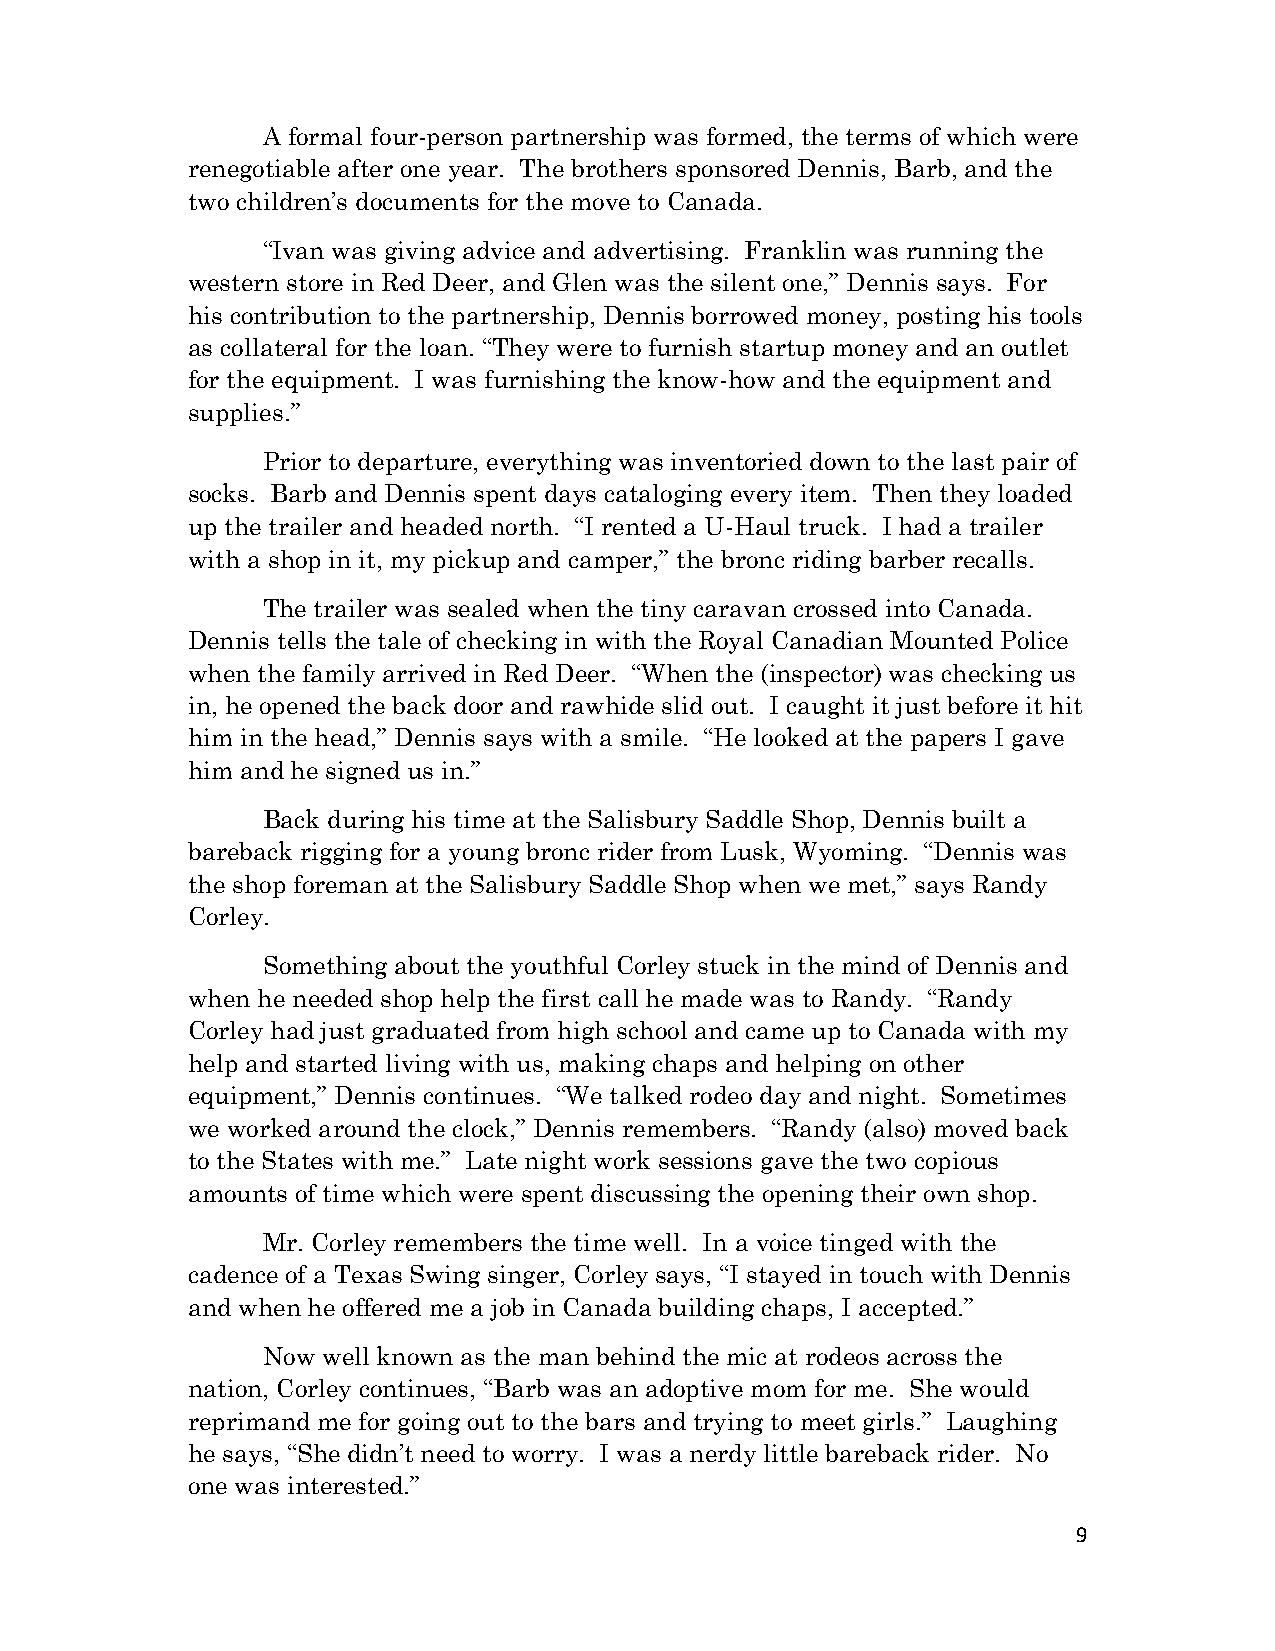
A formal four-person partnership was formed, the terms of which were
 renegotiable after one year. The brothers sponsored Dennis, Barb, and the
 two children’s documents for the move to Canada.
 “Ivan was giving advice and advertising. Franklin was running the
 western store in Red Deer, and Glen was the silent one,” Dennis says. For
 his contribution to the partnership, Dennis borrowed money, posting his tools
 as collateral for the loan. “They were to furnish startup money and an outlet
 for the equipment. I was furnishing the know-how and the equipment and
 supplies.”
 Prior to departure, everything was inventoried down to the last pair of
 socks. Barb and Dennis spent days cataloging every item. Then they loaded
 up the trailer and headed north. “I rented a U-Haul truck. I had a trailer
 with a shop in it, my pickup and camper,” the bronc riding barber recalls.
 The trailer was sealed when the tiny caravan crossed into Canada.
 Dennis tells the tale of checking in with the Royal Canadian Mounted Police
 when the family arrived in Red Deer. “When the (inspector) was checking us
 in, he opened the back door and rawhide slid out. I caught it just before it hit
 him in the head,” Dennis says with a smile. “He looked at the papers I gave
 him and he signed us in.”
 Back during his time at the Salisbury Saddle Shop, Dennis built a
 bareback rigging for a young bronc rider from Lusk, Wyoming. “Dennis was
 the shop foreman at the Salisbury Saddle Shop when we met,” says Randy
 Corley.
 Something about the youthful Corley stuck in the mind of Dennis and
 when he needed shop help the first call he made was to Randy. “Randy
 Corley had just graduated from high school and came up to Canada with my
 help and started living with us, making chaps and helping on other
 equipment,” Dennis continues. “We talked rodeo day and night. Sometimes
 we worked around the clock,” Dennis remembers. “Randy (also) moved back
 to the States with me.” Late night work sessions gave the two copious
 amounts of time which were spent discussing the opening their own shop.
 Mr. Corley remembers the time well. In a voice tinged with the
 cadence of a Texas Swing singer, Corley says, “I stayed in touch with Dennis
 and when he offered me a job in Canada building chaps, I accepted.”
 Now well known as the man behind the mic at rodeos across the
 nation, Corley continues, “Barb was an adoptive mom for me. She would
 reprimand me for going out to the bars and trying to meet girls.” Laughing
 he says, “She didn’t need to worry. I was a nerdy little bareback rider. No
 one was interested.”
 9